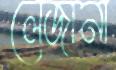
লেজানা